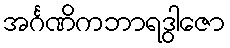
အင်္ဂဏိကဘာရဒွါဇော